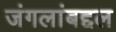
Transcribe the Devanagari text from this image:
जंगलांबद्दल